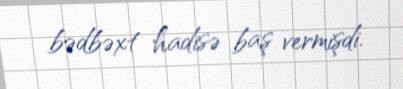
bədbəxt hadisə baş vermişdi.